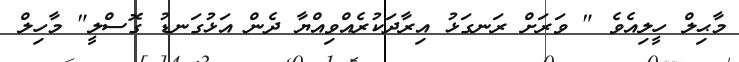
މާޙިލް ހީލިއެވެ " ވަރަށް ރަނގަޅު އިރާދަކުރެއްވިއްޔާ ދެން އަޅުގަނޑު ގޮސްލީ" މާހިލް